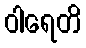
ဝါရေတိ